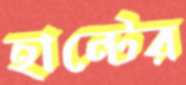
হান্টের